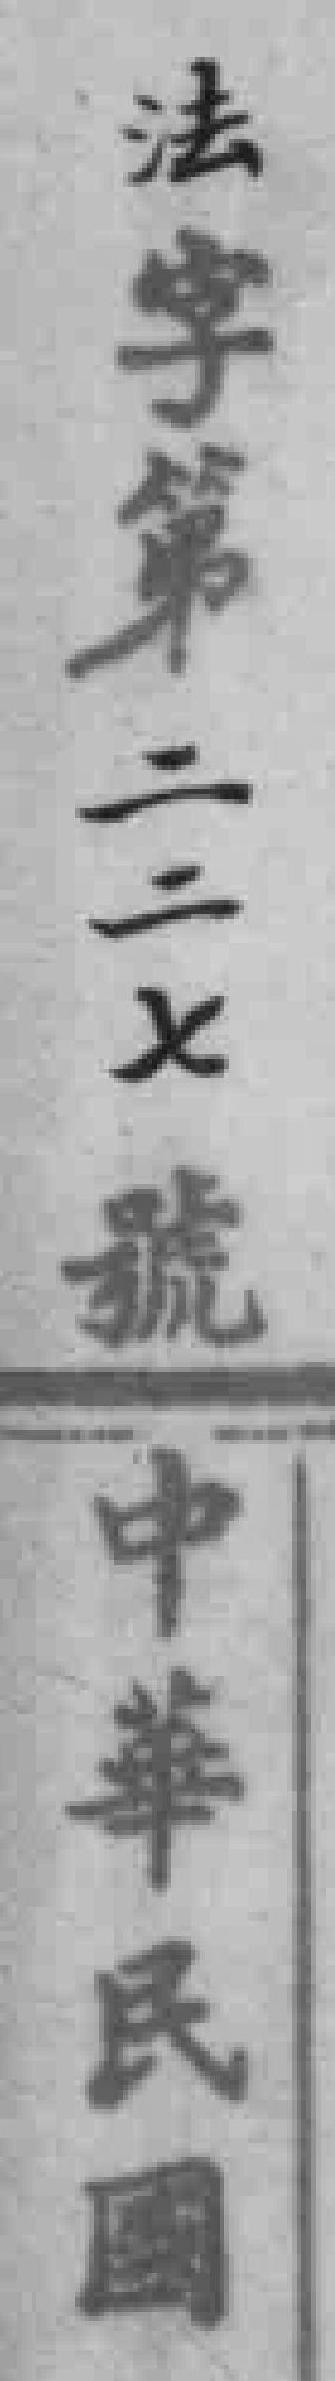
法字第二二七號中華民國